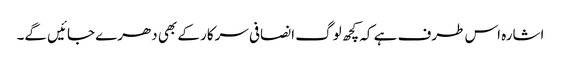
اشارہ اس طرف ہے کہ کچھ لوگ انصافی سرکار کے بھی دھرے جائیں گے۔